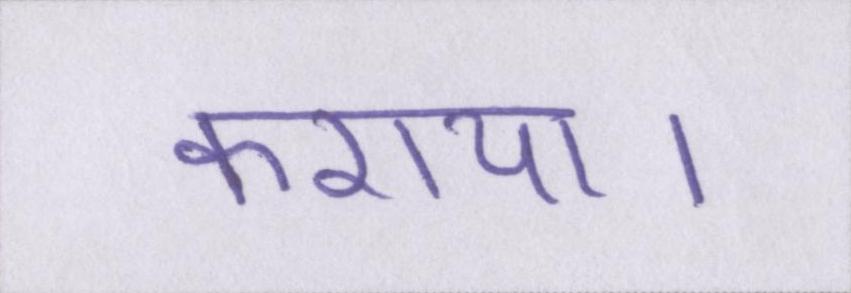
कराया।